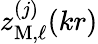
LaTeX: z_{\mathrm{M},\ell}^{(j)}(kr)